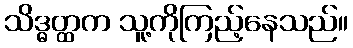
သိဒ္ဓတ္ထက သူ့ကိုကြည့်နေသည်။